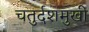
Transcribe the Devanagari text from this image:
चतुर्दशमुखी